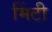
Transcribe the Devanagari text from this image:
मिंटी